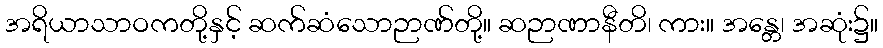
အရိယာသာဝကတို့နှင့် ဆက်ဆံသောဉာဏ်တို့။ ဆဉာဏာနီတိ၊ ကား။ အန္တေ၊ အဆုံး၌။